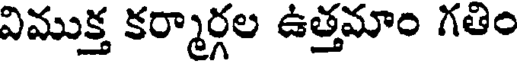
విముక్త కర్మార్గల ఉత్తమాం గతిం